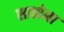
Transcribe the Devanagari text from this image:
सातोना